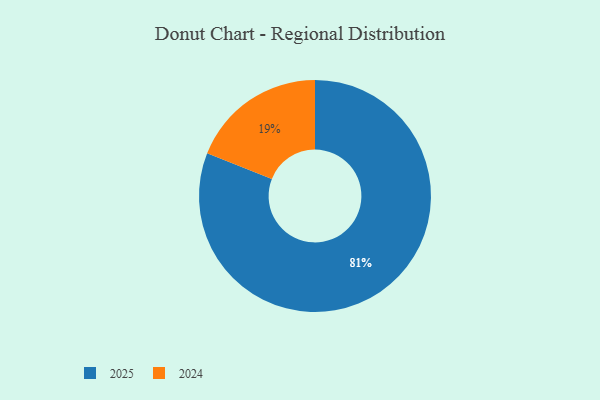
{"axis": {"x": "Category", "y": "Percentage"}, "legend": ["2024", "2025"], "data": [{"x": "2024", "y": 19, "type": "2024"}, {"x": "2025", "y": 81, "type": "2025"}]}